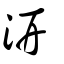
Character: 汧